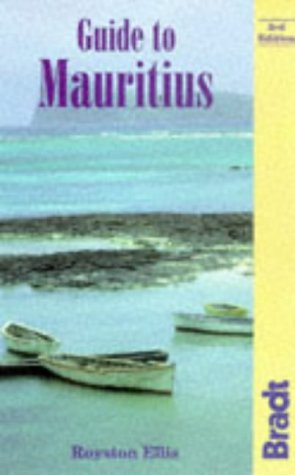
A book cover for Guide to Mauritius (Bradt Travel Guides); Royston Ellis; Travel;